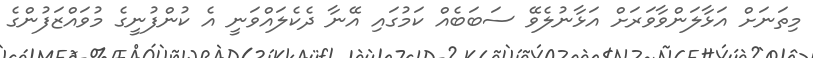
މިތަނަށް އަޅާލަންވާވަރަށް އަޅާނުލެވޭ ސަބަބެއް ކަމުގައި އޭނާ ދެކެލައްވަނީ އެ ކުންފުނީގެ މުވައްޒަފުންގެ